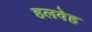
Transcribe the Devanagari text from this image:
हलवेह